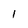
Character: I